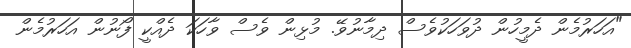
"އަހަރުމެން ދެމީހުން ދުވަހަކުވެސް ދިމާނުވޭ. މުޅިން ވެސް ވާހަކަ ދެއްކީ ފޯނުން އަހަރުމެން